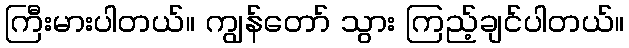
ကြီးမားပါတယ်။ ကျွန်တော် သွား ကြည့်ချင်ပါတယ်။